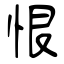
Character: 恨